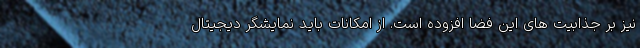
نیز بر جذابیت های این فضا افزوده است. از امکانات باید نمایشگر دیجیتال